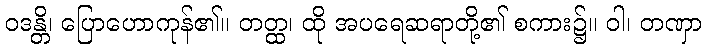
ဝဒန္တိ၊ ပြောဟောကုန်၏။ တတ္ထ၊ ထို အပရေဆရာတို့၏ စကား၌။ ဝါ၊ တဏှာ